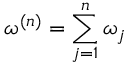
\omega ^ { ( n ) } = \sum _ { j = 1 } ^ { n } \omega _ { j }